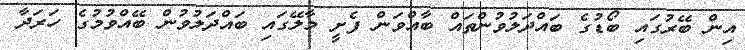
އިން ބޭރުގައި ބޯޑުގެ ބައްދަލުވުންތައް ބާއްވަން ފެށީ މާލޭގައި ބައްދަލުވުން ބޭއްވުމުގެ ހަރަދާ